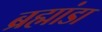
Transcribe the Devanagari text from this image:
ब्रह्मांडा